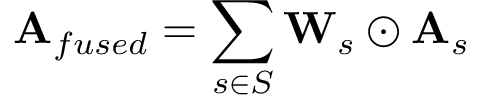
{ \mathbf { A } _ { f u s e d } } = \sum _ { s \in S } \mathbf { W } _ { s } \odot { \mathbf { A } } _ { s }